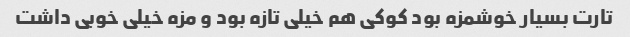
تارت بسیار خوشمزه بود کوکی هم خیلی تازه بود و مزه خیلی خوبی داشت